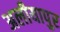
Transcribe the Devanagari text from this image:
अलीयापुर